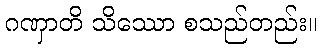
ဂဏှာတိ သိဿော စသည်တည်း။